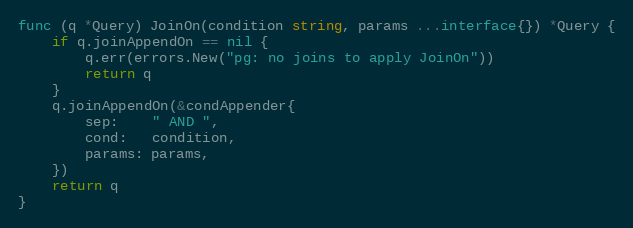
Language: Go
func (q *Query) JoinOn(condition string, params ...interface{}) *Query {
	if q.joinAppendOn == nil {
		q.err(errors.New("pg: no joins to apply JoinOn"))
		return q
	}
	q.joinAppendOn(&condAppender{
		sep:    " AND ",
		cond:   condition,
		params: params,
	})
	return q
}